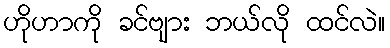
ဟိုဟာကို ခင်ဗျား ဘယ်လို ထင်လဲ။